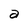
Character: a